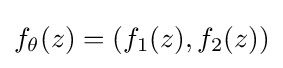
f_{\theta }(z)=(f_{1}(z),f_{2}(z))